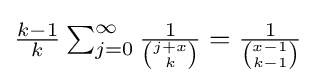
{\textstyle {\frac {k-1}{k}}\sum _{j=0}^{\infty }{\frac {1}{\binom {j+x}{k}}}={\frac {1}{\binom {x-1}{k-1}}}}